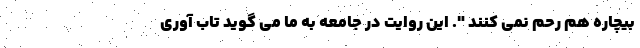
بیچاره هم رحم نمی کنند ". این روايت در جامعه به ما می گوید تاب آوری